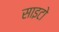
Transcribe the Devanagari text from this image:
साइटो